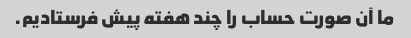
ما آن صورت حساب را چند هفته پیش فرستادیم.